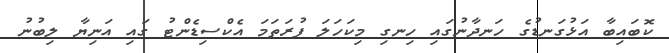
ކޮބައިބާ އަޅުގަނޑުގެ ހަނދާނުގައި ހިނގި މިކަހަލަ ފުރަތަމަ އެކްސިޑެންޓު ގައި އަނިޔާ ލިބުނު